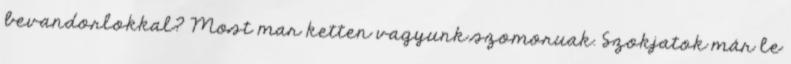
bevandorlokkal? Most mar ketten vagyunk szomoruak. Szokjatok már le